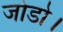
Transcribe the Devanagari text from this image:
जोडो।